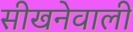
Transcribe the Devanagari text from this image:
सीखनेवाली